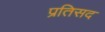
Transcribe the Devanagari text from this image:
प्रतिसद